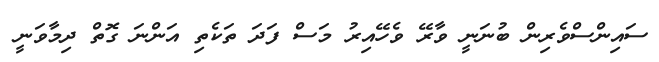
ސައިންސްވެރިން ބުނަނީ ވާރޭ ވެހޭއިރު މަސް ފަދަ ތަކެތި އަންނަ ގޮތް ދިމާވަނީ